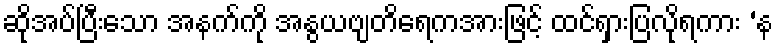
ဆိုအပ်ပြီးသော အနက်ကို အနွယဗျတိရေကအားဖြင့် ထင်ရှားပြလိုရကား ‘န